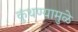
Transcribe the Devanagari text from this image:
कुंथण्यामुळे